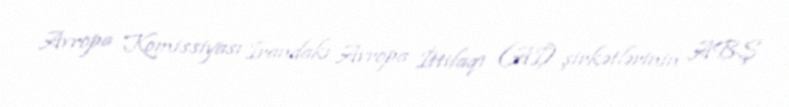
Avropa Komissiyası İrandakı Avropa İttifaqı (Aİ) şirkətlərinin ABŞ